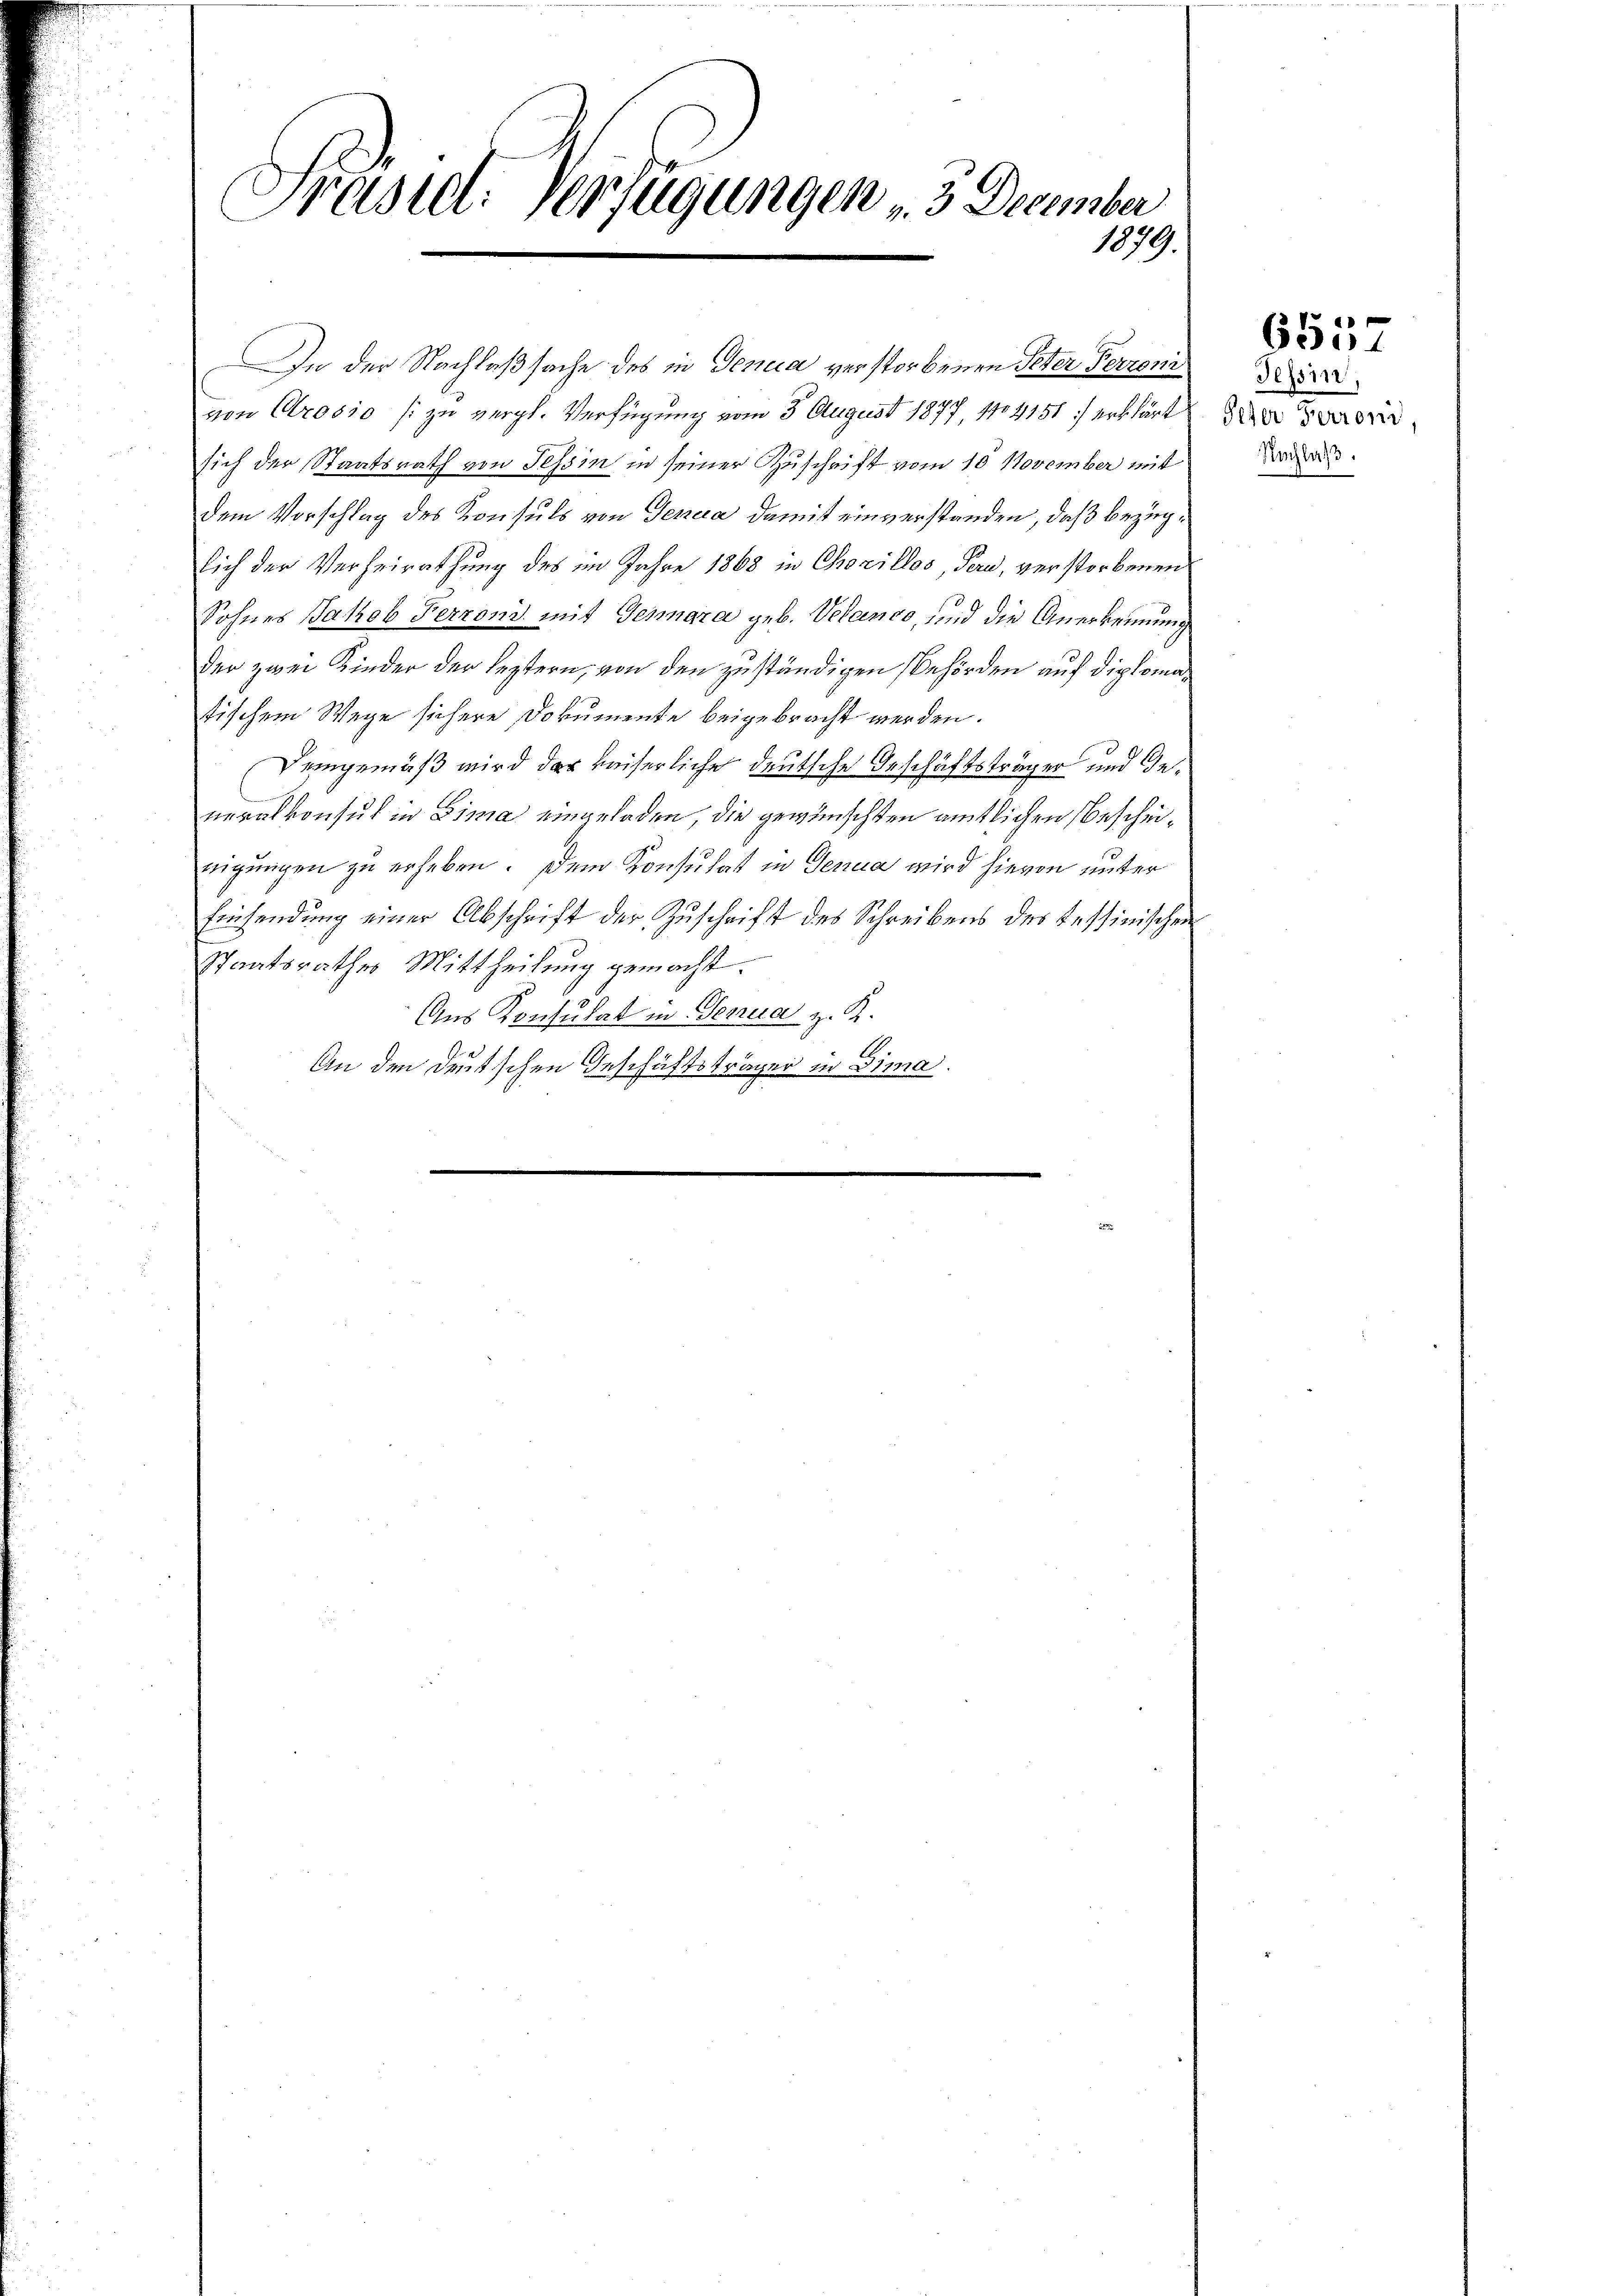
Präsid. Verfügungen 3 December
1879.

In der Nachlaßsache des in Genua verstorbenen Peter Perroni
von Crosio (: zu vergl. Verfügung vom 3. August 1877, 144151 erklärt
sich der Staatsrath von Tessin in seiner Zuschrift vom 18. November mit
dem Vorschlag des Konsuls von Genera damit einverstanden, daß bezüglich der Verheirathung des im Jahre 1868 in Chorillos, Pern, verstorbenen
Sohnes Jakob Ferrond, mit Gennara geb. Veranco, und die Anerkennung
der zwei Kinder der leztern, von den zuständigen Behörden auf diplomatischem Wege sichere Dokumente beigebracht werden.
Demgemäß wird der Kaiserliche deutsche Geschäftsträger und Generalkonsul in Lima eingeladen, die gewünschten amtlichen Bescheinigungen zu erheben. Dem Konsulat in Genua wird hievon unter
Einsendung einer Abschrift der Zuschrift des Schreibens des Tessinischen
Staatsrathes Mittheilung gemacht.
Aus Konsulat in Genua z. K.
An den deutschen Geschäftsträger in Gima.

6557

Tessin
Nachlaß.